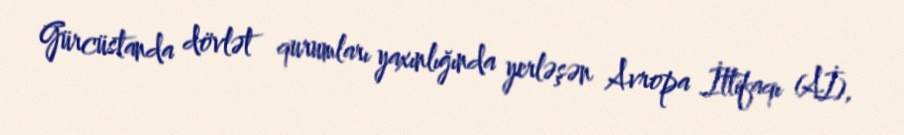
Gürcüstanda dövlət qurumları yaxınlığında yerləşən Avropa İttifaqı (Aİ),